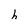
Character: h